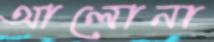
আলোনা